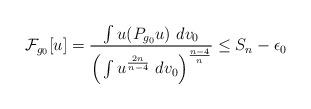
LaTeX: \begin{align*} \mathcal{F}_{g_0}[u] = \frac{ \int u (P_{g_0} u)\ dv_0 }{ \Big( \int u^{\frac{2n}{n-4}}\ dv_0 \Big)^{\frac{n-4}{n}} } \leq S_n - \epsilon_0\end{align*}